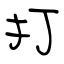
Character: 打